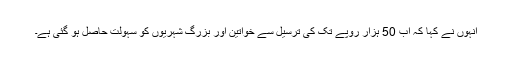
انہوں نے کہا کہ اب 50 ہزار روپے تک کی ترسیل سے خواتین اور بزرگ شہریوں کو سہولت حاصل ہو گئی ہے۔